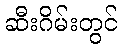
ဆီးဂိမ်းတွင်